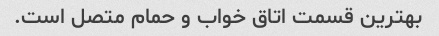
بهترین قسمت اتاق خواب و حمام متصل است.